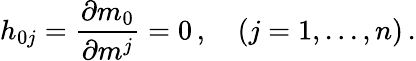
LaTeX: h_{0j}=\frac{\partial m_{0}}{\partial m^{j}}=0\, ,\quad(j=1,...,n)\, .